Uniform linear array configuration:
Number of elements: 4
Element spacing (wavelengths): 0.5
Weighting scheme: uniform
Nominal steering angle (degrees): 60
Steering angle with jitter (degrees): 59.898
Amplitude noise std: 0.05
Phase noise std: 0.05

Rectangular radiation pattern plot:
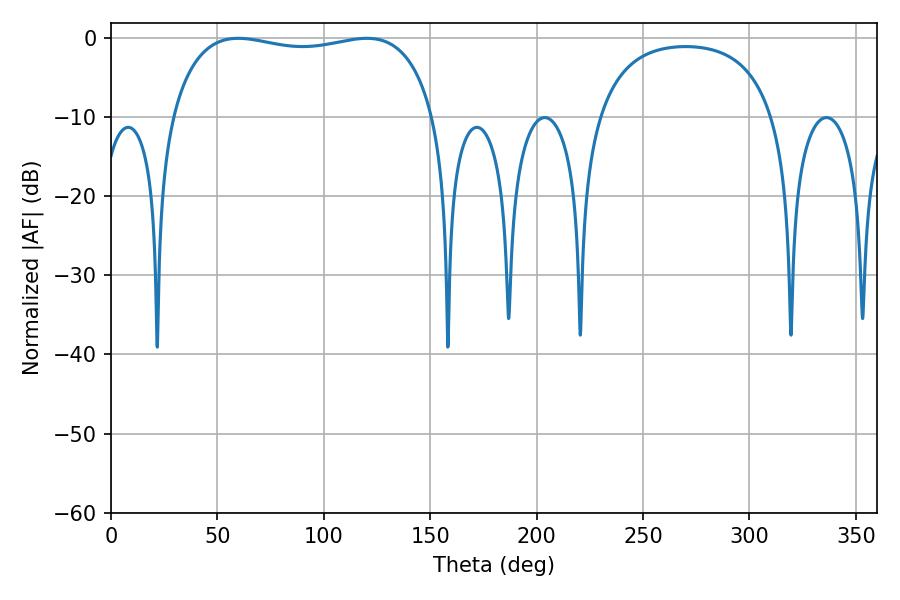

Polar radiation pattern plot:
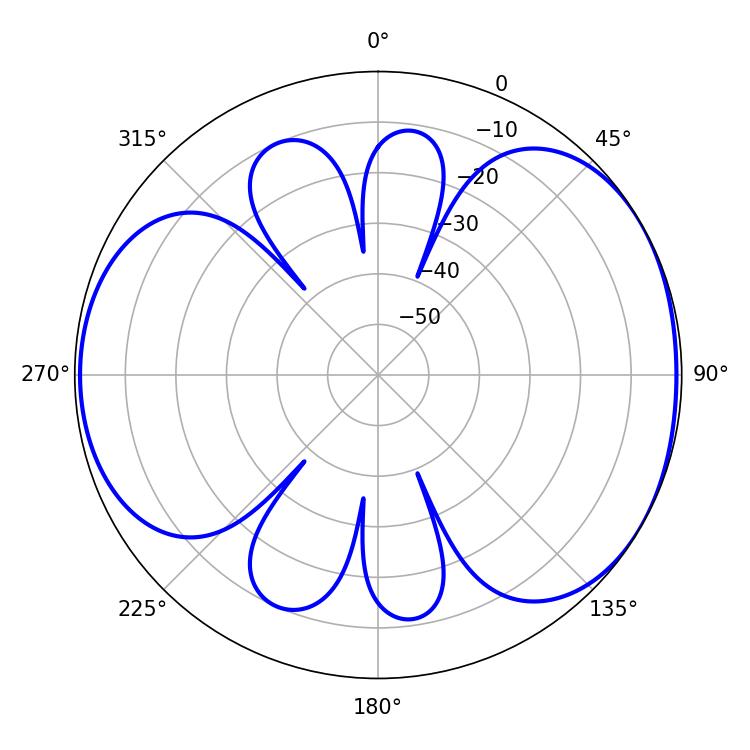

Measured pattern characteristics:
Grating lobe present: FALSE
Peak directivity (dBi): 4.796
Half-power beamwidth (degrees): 100.44
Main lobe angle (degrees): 59.76